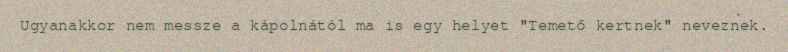
Ugyanakkor nem messze a kápolnától ma is egy helyet "Temető kertnek" neveznek.